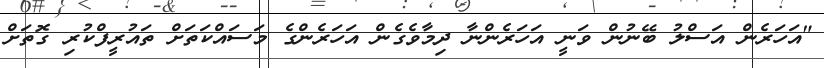
"އަހަރެން އަސްލު ބޭނުން ވަނީ އަހަރެންނާ ދިމާވެގެން އަހަރެންގެ މަސައްކަތަށް ތައުރީފްކުރި ގޮތަށް